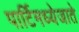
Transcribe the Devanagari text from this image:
पार्टिमध्येजाते